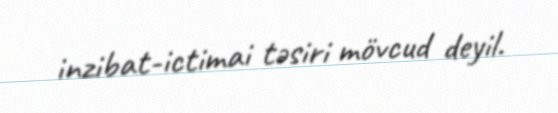
inzibat-ictimai təsiri mövcud deyil.